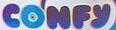
CONFY